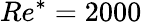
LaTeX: Re^{*}=2000